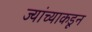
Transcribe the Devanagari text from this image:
ज्यांच्याकडून